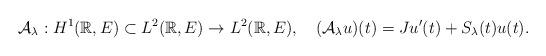
LaTeX: \begin{align*}\mathcal{A}_\lambda:H^1(\mathbb{R},E)\subset L^2(\mathbb{R},E)\rightarrow L^2(\mathbb{R},E),\quad(\mathcal{A}_\lambda u)(t)=Ju'(t)+S_\lambda(t)u(t).\end{align*}